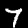
Digit: 7